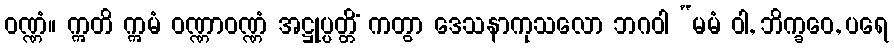
ဝဏ္ဏံ။ ဣတိ ဣမံ ဝဏ္ဏာဝဏ္ဏံ အဋ္ဌုပ္ပတ္တိံ ကတွာ ဒေသနာကုသလော ဘဂဝါ “မမံ ဝါ, ဘိက္ခဝေ, ပရေ